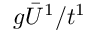
g \bar { U } ^ { 1 } / t ^ { 1 }